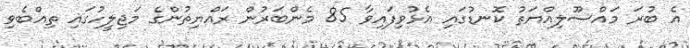
އެ ބުރަ މައްސޫލިއްޔަތު ކޮނޑުގައި އެޅުވިފައިވާ 85 މެންބަރުން ރައްޔިތުންގެ މަޖިލީހުގައި ތިއްބެވި